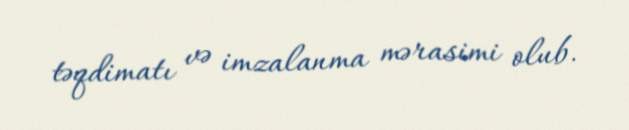
təqdimatı və imzalanma mərasimi olub.